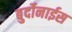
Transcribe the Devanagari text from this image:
बुर्दोनाईस